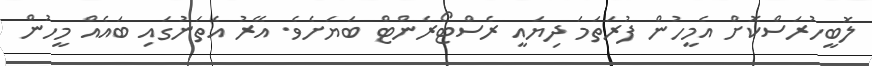
ލޮބީހުރަސްކޮށް އެމީހުން ފުރަތަމަ ދިޔައީ ރެސްޓޯރެންޓް ބަޔަށެވެ. އޭރު އެތަނުގައި ބައެއް މީހުން